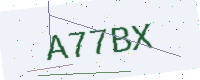
Text: A77BX